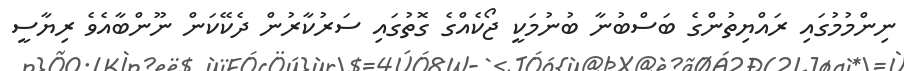
ނިންމުމުގައި ރައްޔިތުންގެ ބަސްބުނާ ބުނުމަކީ ޖޯކެއްގެ ގޮތުގައި ސަރުކާރުން ދެކޭކަން ނޫންބާއެވެ ރިޔާސީ